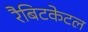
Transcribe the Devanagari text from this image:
रैबिटकेटल